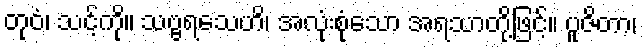
တုဝံ၊ သင့်ကို။ သဗ္ဗရသေဟိ၊ အလုံးစုံသော အရသာတို့ဖြင့်။ ပူဇိတာ၊